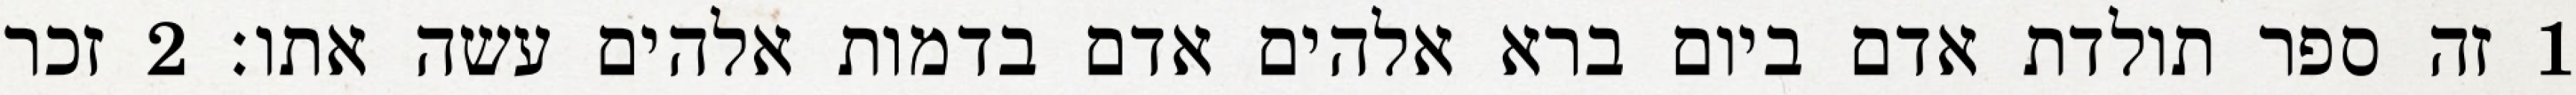
1 זה ספר תולדת אדם ביום ברא אלהים אדם בדמות אלהים עשה אתו׃ ‎2‏ זכר